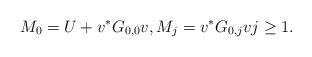
LaTeX: \begin{align*}M_0=U+v^*G_{0,0}v,M_j=v^*G_{0,j}v j\geq1.\end{align*}